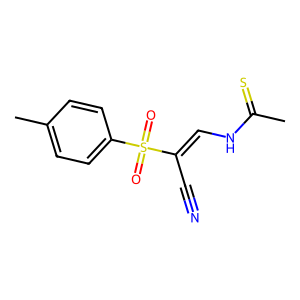
SMILES: CC(=S)NC=C(C#N)S(=O)(=O)c1ccc(C)cc1
Inhibits HIV replication: No